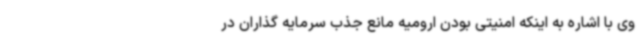
وی با اشاره به اینکه امنیتی بودن ارومیه مانع جذب سرمایه گذاران در